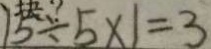
1 5 \div 5 \times 1 = 3